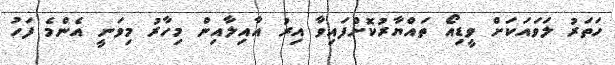
ހަތަރު ލަވައަކަށް ވީޑިއޯ ތައްޔާރުކޮށްފައިވާ އިރު އާއިލާއިން މިހާރު މިވަނީ އެންމެ ފަހު